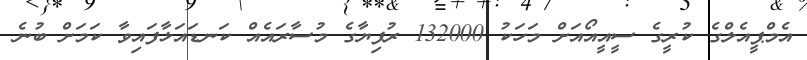
އެމްޕީއެލްގެ ކުރީގެ ސީއީއޯއަށް މަހަކު 132000 ރުފިޔާގެ މުސާރައެއް ކަނޑައަޅާފައިވާ ކަމަށް ބުނެ